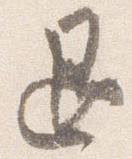
退